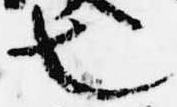
也